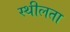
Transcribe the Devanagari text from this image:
स्थीलता